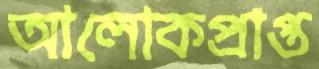
আলোকপ্রাপ্ত